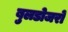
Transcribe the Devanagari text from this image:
बुलडोजरों